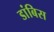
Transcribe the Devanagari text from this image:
डांबिस